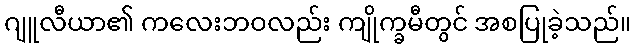
ဂျူလီယာ၏ ကလေးဘဝလည်း ကျိုက္ခမီတွင် အစပြုခဲ့သည်။